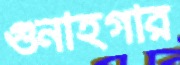
গুনাহগার